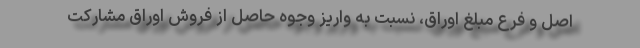
اصل و فرع مبلغ اوراق، نسبت به واریز وجوه حاصل از فروش اوراق مشارکت